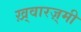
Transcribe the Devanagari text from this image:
ख़्वारज़्मी